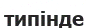
типінде